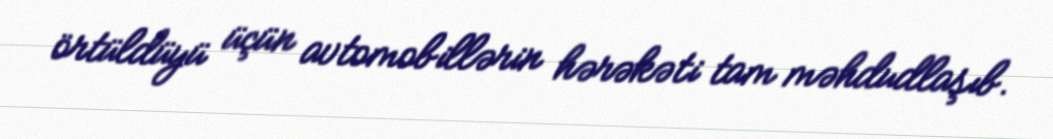
örtüldüyü üçün avtomobillərin hərəkəti tam məhdudlaşıb.